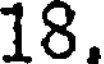
18.